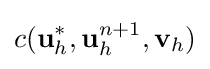
c(\mathbf {u} _{h}^{*},\mathbf {u} _{h}^{n+1},\mathbf {v} _{h})